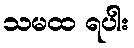
သမထ ရပါး